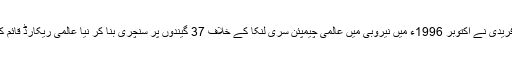
شاہد آفریدی نے اکتوبر 1996ء میں نیروبی میں عالمی چیمپئن سری لنکا کے خلاف 37 گیندوں پر سنچری بنا کر نیا عالمی ریکارڈ قائم کیا تھا۔